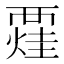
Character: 𧟼